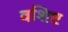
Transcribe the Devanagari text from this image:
वशिष्ट